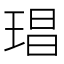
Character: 琩